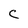
Character: C